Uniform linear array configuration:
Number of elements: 48
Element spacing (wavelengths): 1
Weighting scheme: hann
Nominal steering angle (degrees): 45
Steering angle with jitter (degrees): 43.902
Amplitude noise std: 0.05
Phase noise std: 0.05

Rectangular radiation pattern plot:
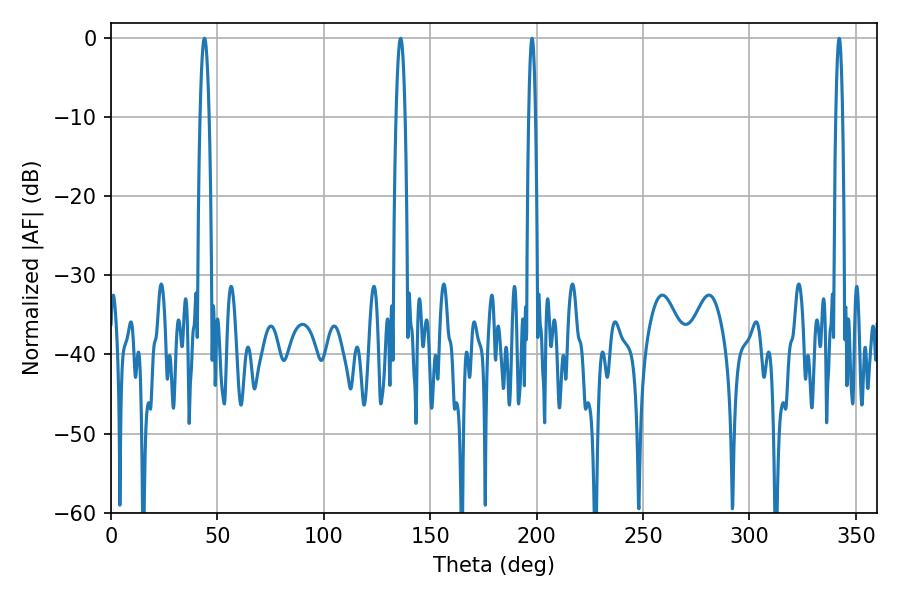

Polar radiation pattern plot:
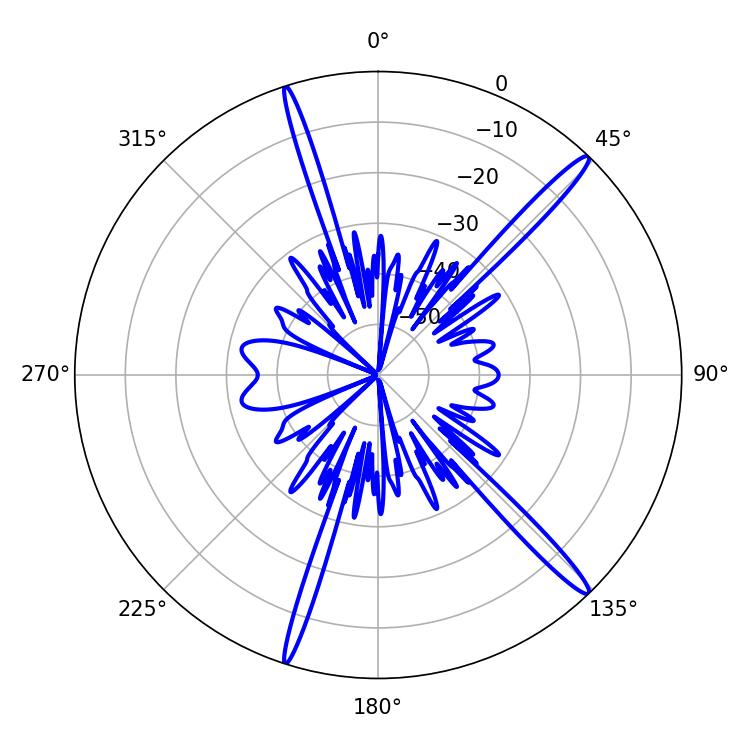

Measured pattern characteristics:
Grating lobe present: TRUE
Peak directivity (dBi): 16.855
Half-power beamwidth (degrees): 2.16
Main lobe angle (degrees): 43.92